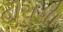
હીરાગી